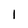
Character: 1